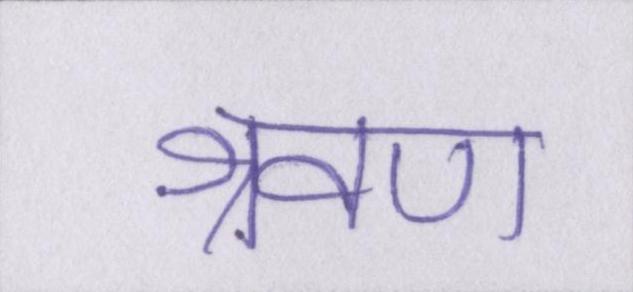
श्रवण